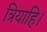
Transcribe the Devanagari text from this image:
त्रियाहि।